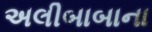
અલીબાબાના